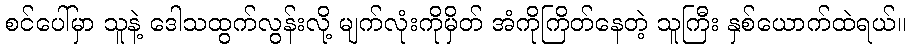
စင်ပေါ်မှာ သူနဲ့ ဒေါသထွက်လွန်းလို့ မျက်လုံးကိုမှိတ် အံကိုကြိတ်နေတဲ့ သူကြီး နှစ်ယောက်ထဲရယ်။